Insane asylums in Bengal annual reports 1867-1875 - 1867-1875
Year: 1867
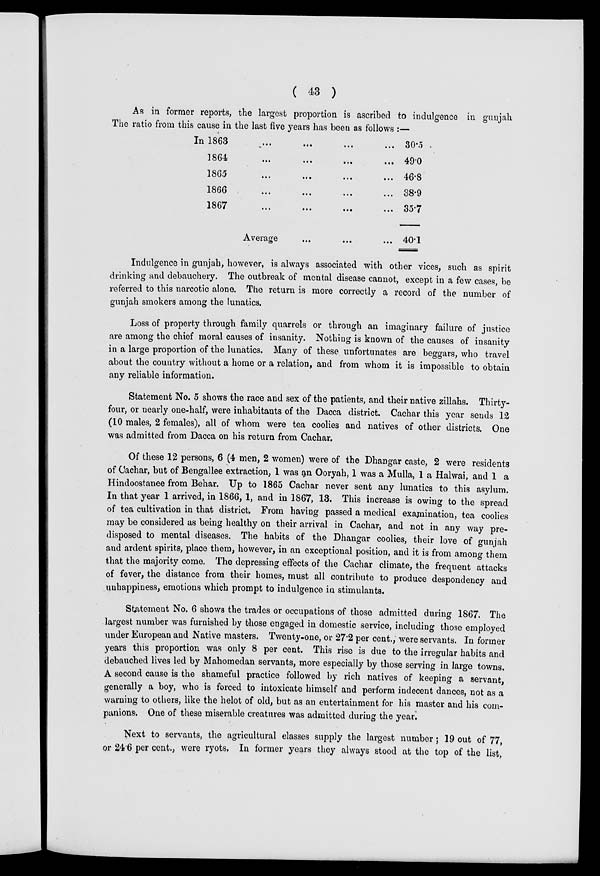
( 43 )
As in former reports, the largest proportion is ascribed to indulgence in gunjah
The ratio from this cause in the last five years has been as follows :—
In 1863
...
...
...
...
1864
...
...
...
...
1865
...
...
...
...
1866
...
...
...
...
1867
...
...
...
...
Average ... ... ...
30.5
49.0
46.8
38.9
35.7
40.1
Indulgence in gunjah, however, is always associated with other vices, such as spirit
drinking and debauchery. The outbreak of mental disease cannot, except in a few cases, be
referred to this narcotic alone. The return is more correctly a record of the number of
gunjah smokers among the lunatics.
Loss of property through family quarrels or through an imaginary failure of justice
are among the chief moral causes of insanity. Nothing is known of the causes of insanity
in a large proportion of the lunatics. Many of these unfortunates are beggars, who travel
about the country without a home or a relation, and from whom it is impossible to obtain
any reliable information.
Statement No. 5 shows the race and sex of the patients, and their native zillahs. Thirty-
four, or nearly one-half, were inhabitants of the Dacca district. Cachar this year sends 12
(10 males, 2 females), all of whom were tea coolies and natives of other districts. One
was admitted from Dacca on his return from Cachar.
Of these 12 persons, 6 (4 men, 2 women) were of the Dhangar caste, 2 were residents
of Cachar, but of Bengallee extraction, 1 was an Ooryah, 1 was a Mulla, 1 a Halwai, and 1 a
Hindoostanee from Behar. Up to 1865 Cachar never sent any lunatics to this asylum.
In that year 1 arrived, in 1866, 1, and in 1867, 13. This increase is owing to the spread
of tea cultivation in that district. From having passed a medical examination, tea coolies
may be considered as being healthy on their arrival in Cachar, and not in any way pre-
disposed to mental diseases. The habits of the Dhangar coolies, their love of gunjah
and ardent spirits, place them, however, in an exceptional position, and it is from among them
that the majority come. The depressing effects of the Cachar climate, the frequent attacks
of fever, the distance from their homes, must all contribute to produce despondency and
unhappiness, emotions which prompt to indulgence in stimulants.
Statement No. 6 shows the trades or occupations of those admitted during 1867. The
largest number was furnished by those engaged in domestic service, including those employed
under European and Native masters. Twenty-one, or 27.2 per cent., were servants. In former
years this proportion was only 8 per cent. This rise is due to the irregular habits and
debauched lives led by Mahomedan servants, more especially by those serving in large towns.
A second cause is the shameful practice followed by rich natives of keeping a servant,
generally a boy, who is forced to intoxicate himself and perform indecent dances, not as a
warning to others, like the helot of old, but as an entertainment for his master and his com-
panions. One of these miserable creatures was admitted during the year.
Next to servants, the agricultural classes supply the largest number; 19 out of 77,
or 24.6 per cent., were ryots. In former years they always stood at the top of the list,